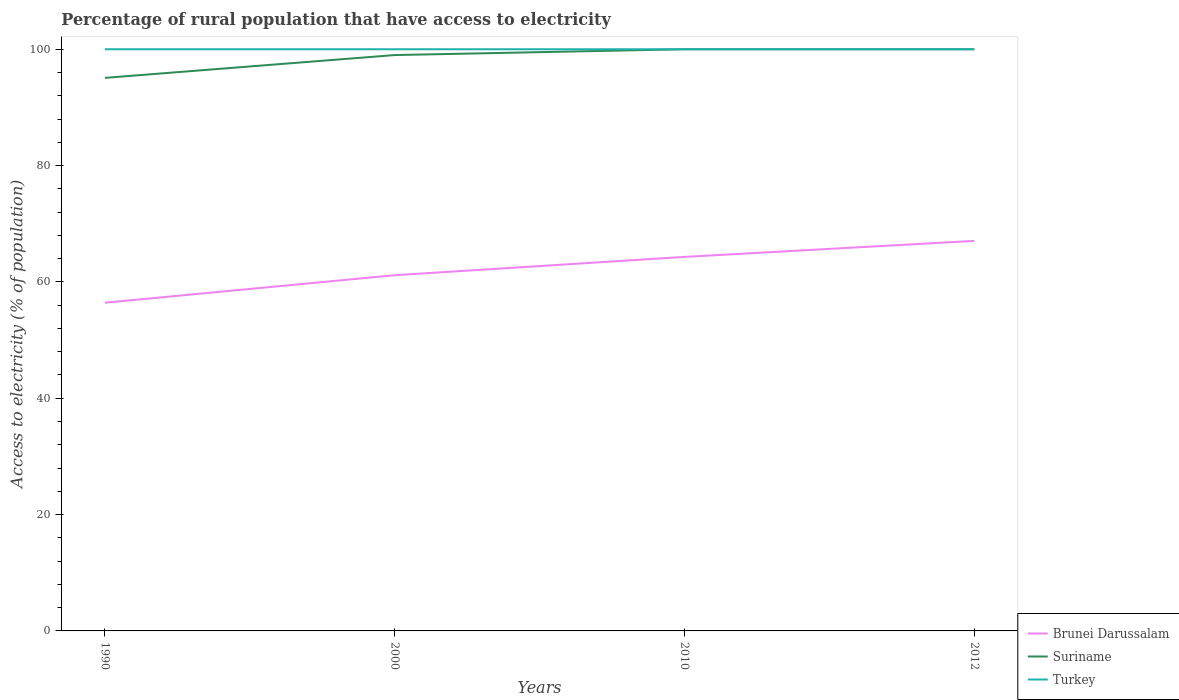
| Years | Brunei Darussalam | Suriname | Turkey |
 | --- | --- | --- | --- |
 | 1990 | 56.4 | 95.1 | 100 |
 | 2000 | 61.2 | 99 | 100 |
 | 2010 | 64.3 | 100 | 100 |
 | 2012 | 67.1 | 100 | 100 |